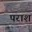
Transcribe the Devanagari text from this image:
पराश